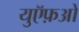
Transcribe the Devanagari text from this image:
युऍफ़ओ